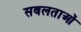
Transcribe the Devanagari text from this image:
सबलताओं